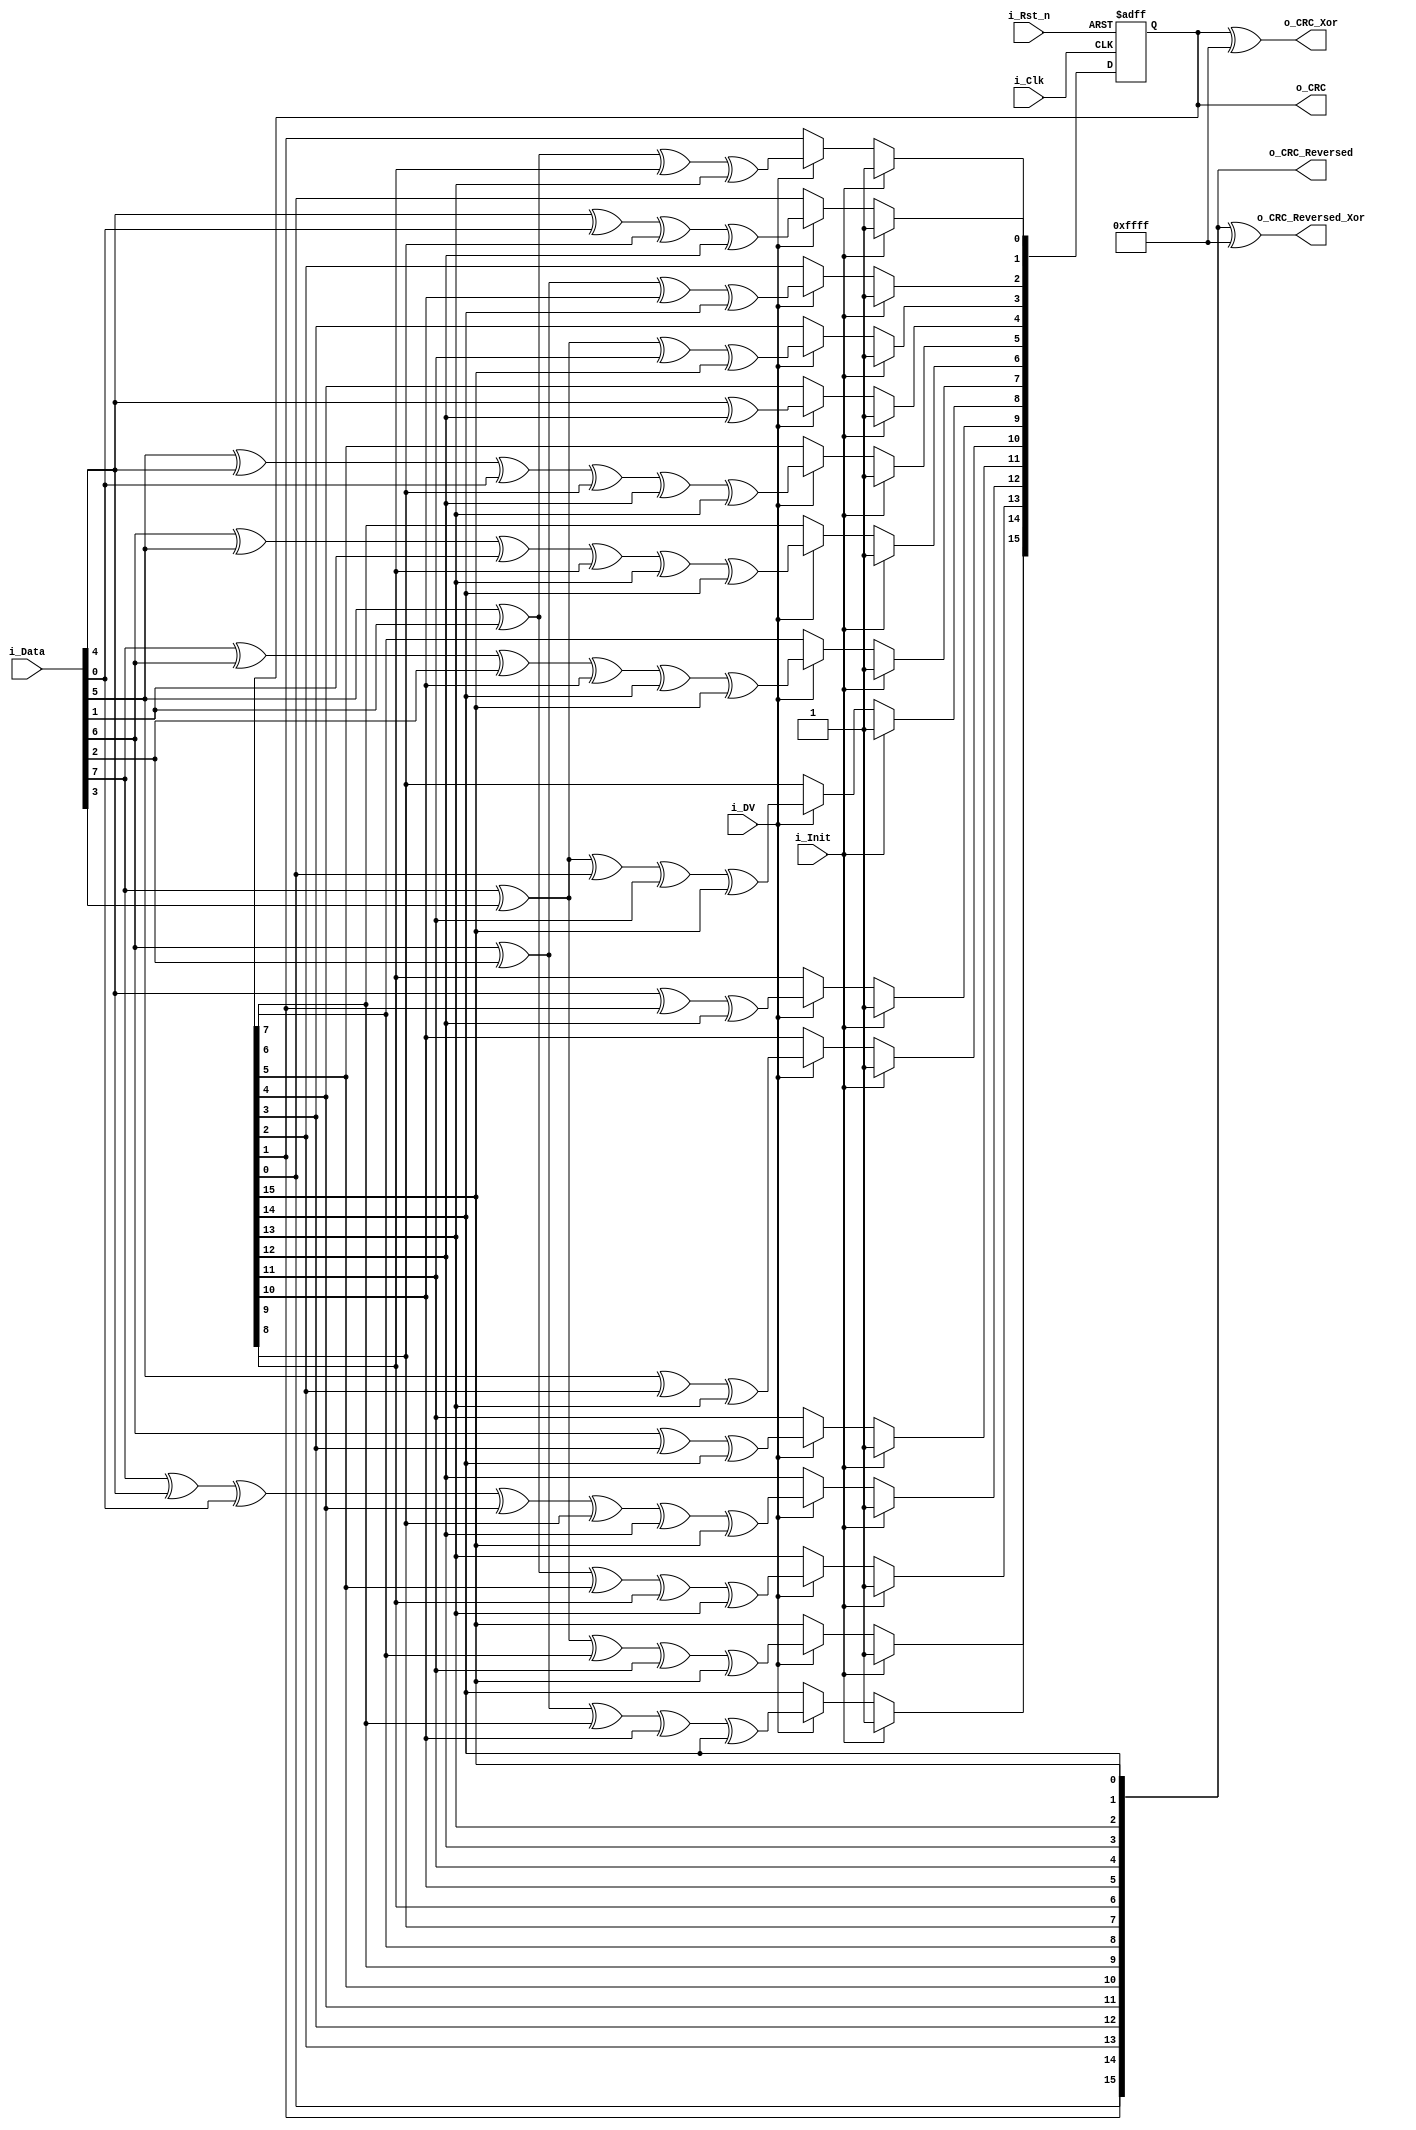
module CRC_16_CCITT_Parallel
  (
   input i_Clk,
   input i_Rst_n,
   input i_Init,
   input i_DV,
   input [7:0] i_Data,
   output [15:0] o_CRC,
   output [15:0] o_CRC_Reversed,
   output [15:0] o_CRC_Xor,
   output [15:0] o_CRC_Reversed_Xor
   );

  reg [15:0] r_CRC;

  // CRC Control logic
  always @ (posedge i_Clk or negedge i_Rst_n)
  begin
    if (~i_Rst_n)
      r_CRC <= 16'hFFFF;
    else
    begin
      if (i_Init)
        r_CRC <= 16'hFFFF;
      else if (i_DV)
      begin
        r_CRC[0]  <= i_Data[4] ^ i_Data[0] ^ r_CRC[8] ^ r_CRC[12];
        r_CRC[1]  <= i_Data[5] ^ i_Data[1] ^ r_CRC[9] ^ r_CRC[13];
        r_CRC[2]  <= i_Data[6] ^ i_Data[2] ^ r_CRC[10] ^ r_CRC[14];
        r_CRC[3]  <= i_Data[7] ^ i_Data[3] ^ r_CRC[11] ^ r_CRC[15];
        r_CRC[4]  <= i_Data[4] ^ r_CRC[12];
        r_CRC[5]  <= i_Data[5] ^ i_Data[4] ^ i_Data[0] ^ r_CRC[8] ^ r_CRC[12] ^ r_CRC[13];
        r_CRC[6]  <= i_Data[6] ^ i_Data[5] ^ i_Data[1] ^ r_CRC[9] ^ r_CRC[13] ^ r_CRC[14];
        r_CRC[7]  <= i_Data[7] ^ i_Data[6] ^ i_Data[2] ^ r_CRC[10] ^ r_CRC[14] ^ r_CRC[15];
        r_CRC[8]  <= i_Data[7] ^ i_Data[3] ^ r_CRC[0] ^ r_CRC[11] ^ r_CRC[15];
        r_CRC[9]  <= i_Data[4] ^ r_CRC[1] ^ r_CRC[12];
        r_CRC[10] <= i_Data[5] ^ r_CRC[2] ^ r_CRC[13];
        r_CRC[11] <= i_Data[6] ^ r_CRC[3] ^ r_CRC[14];
        r_CRC[12] <= i_Data[7] ^ i_Data[4] ^ i_Data[0] ^ r_CRC[4] ^ r_CRC[8] ^ r_CRC[12] ^ r_CRC[15];
        r_CRC[13] <= i_Data[5] ^ i_Data[1] ^ r_CRC[5] ^ r_CRC[9] ^ r_CRC[13];
        r_CRC[14] <= i_Data[6] ^ i_Data[2] ^ r_CRC[6] ^ r_CRC[10] ^ r_CRC[14];
        r_CRC[15] <= i_Data[7] ^ i_Data[3] ^ r_CRC[7] ^ r_CRC[11] ^ r_CRC[15];
      end
    end
  end

  assign o_CRC = r_CRC;
  assign o_CRC_Reversed = {r_CRC[0], r_CRC[1], r_CRC[2], r_CRC[3], r_CRC[4],  r_CRC[5],
                           r_CRC[6], r_CRC[7], r_CRC[8], r_CRC[9], r_CRC[10], r_CRC[11],
                           r_CRC[12],r_CRC[13],r_CRC[14],r_CRC[15]};

  // Sometimes this is important
  assign o_CRC_Xor  = o_CRC ^ 16'hFFFF;

  assign o_CRC_Reversed_Xor = o_CRC_Reversed ^ 16'hFFFF;

endmodule